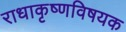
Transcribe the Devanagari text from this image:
राधाकृष्णविषयक